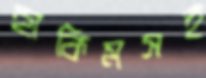
হাকিমসহ